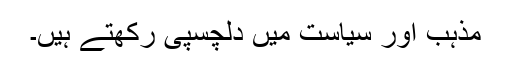
مذہب اور سیاست میں دلچسپی رکھتے ہیں۔